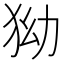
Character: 狕